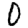
Digit: 0